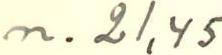
n. 21,45